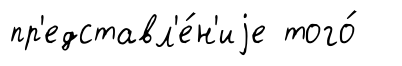
пр'едставл'е́н'иjе того́